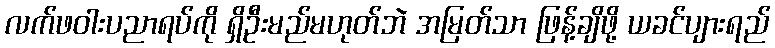
လက်ဖဝါးပညာရပ်ကို ရှိဦးမည်မဟုတ်ဘဲ အမြတ်သာ ဖြန့်ချိဖို့ ယခင်ပျားရည်